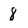
Character: 8